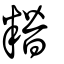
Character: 糌